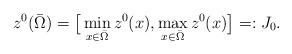
LaTeX: \begin{align*}z^{0}(\bar{\Omega}) = \big[\min_{x \in \bar{\Omega}} z^{0}(x), \max_{x \in \bar{\Omega}} z^{0}(x)\big] =: J_{0}.\end{align*}